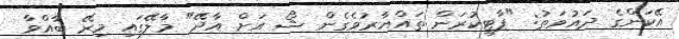
އޭކަންގެ ދައުވަތު: "ޕާޓީކުުރަން ތައްޔާރުވެގެން ޝޯ އަށް އާދޭ" މާލޭގައި މިރޭ ބާއްވާ